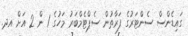
ގައިޑެންސް ސެންޓަރުގެ ފަރާތުން ސެޕްޓެމްބަރު މަހުގެ 1 ން 2 އަށް އދ.